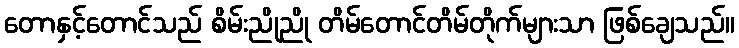
တောနှင့်တောင်သည် စိမ်းညိုညို တိမ်တောင်တိမ်တိုက်များသာ ဖြစ်ချေသည်။